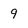
Character: 9